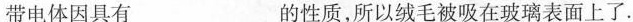
带电体因具有_____的性质，所以绒毛被吸在玻璃表面上了.